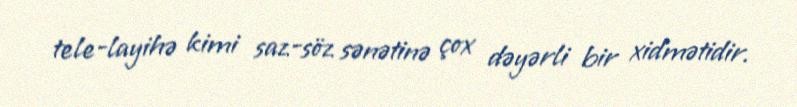
tele-layihə kimi saz-söz sənətinə çox dəyərli bir xidmətidir.